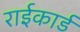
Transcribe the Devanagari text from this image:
राईकार्ड